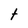
Character: t